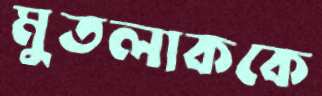
মুতলাককে